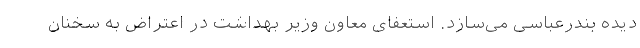
دیده بندرعباسی می‌سازد. استعفای معاون وزیر بهداشت در اعتراض به سخنان